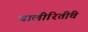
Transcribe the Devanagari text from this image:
चालीरितींचे